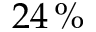
2 4 \, \%